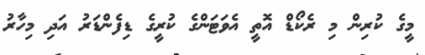
މީގެ ކުރިން މި ރެކޯޑް އޮތީ އެވަޓަންގެ ކުރީގެ ޑިފެންޑަރު އަދި މިހާރު